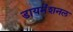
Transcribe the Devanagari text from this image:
डायमेंशनल